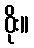
ဝိုး။